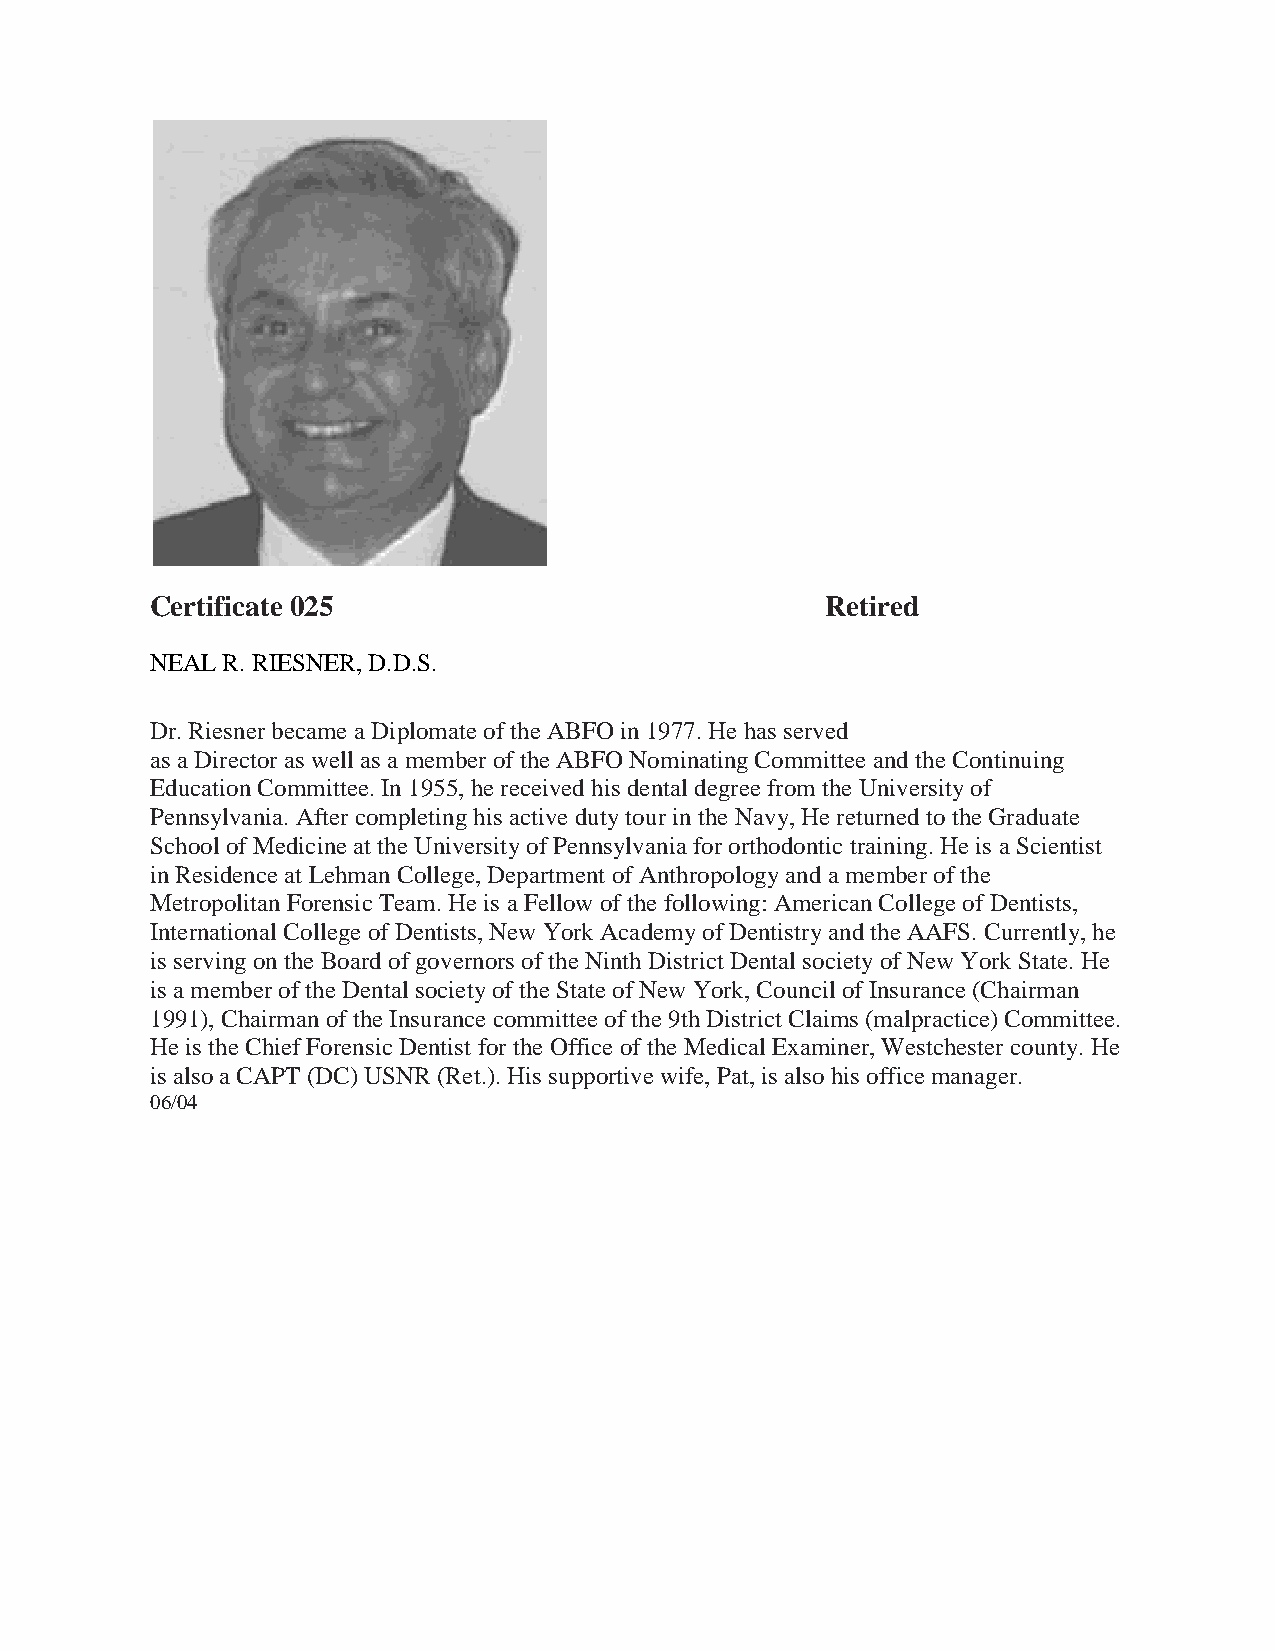
Certificate 025                              Retired
 NEAL R. RIESNER, D.D.S.
 Dr. Riesner became a Diplomate of the ABFO in 1977. He has served
 as a Director as well as a member of the ABFO Nominating Committee and the Continuing
 Education Committee. In 1955, he received his dental degree from the University of
 Pennsylvania. After completing his active duty tour in the Navy, He returned to the Graduate
 School of Medicine at the University of Pennsylvania for orthodontic training. He is a Scientist
 in Residence at Lehman College, Department of Anthropology and a member of the
 Metropolitan Forensic Team. He is a Fellow of the following: American College of Dentists,
 International College of Dentists, New York Academy of Dentistry and the AAFS. Currently, he
 is serving on the Board of governors of the Ninth District Dental society of New York State. He
 is a member of the Dental society of the State of New York, Council of Insurance (Chairman
 1991), Chairman of the Insurance committee of the 9th District Claims (malpractice) Committee.
 He is the Chief Forensic Dentist for the Office of the Medical Examiner, Westchester county. He
 is also a CAPT (DC) USNR (Ret.). His supportive wife, Pat, is also his office manager.
 06/04